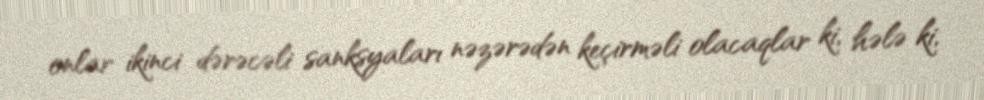
onlar ikinci dərəcəli sanksyaları nəzərədən keçirməli olacaqlar ki, hələ ki,